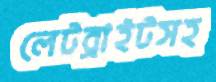
লেটব্রাইটসহ